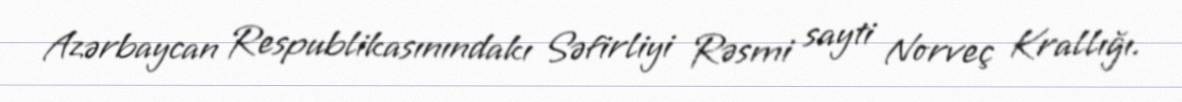
Azərbaycan Respublikasınındakı Səfirliyi Rəsmi sayti Norveç Krallığı.